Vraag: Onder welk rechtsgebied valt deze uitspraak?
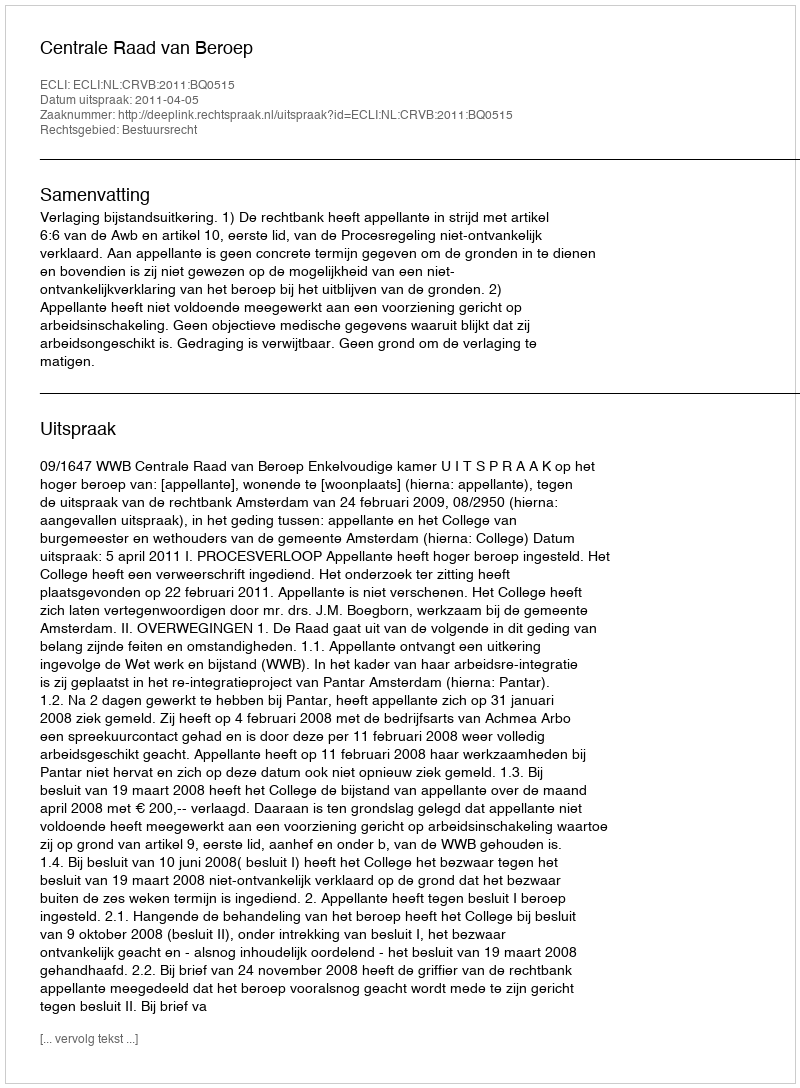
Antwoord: Bestuursrecht